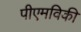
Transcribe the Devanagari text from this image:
पीएमविकी